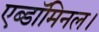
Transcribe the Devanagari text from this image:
एब्डॉमिनल।